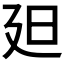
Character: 𣅄